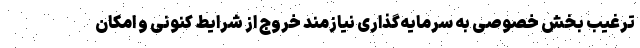
ترغیب بخش خصوصی به سرمایه‌گذاری نیازمند خروج از شرایط کنونی و امکان